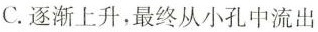
C.逐渐上升，最终从小孔中流出